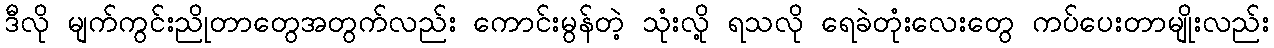
ဒီလို မျက်ကွင်းညိုတာတွေအတွက်လည်း ကောင်းမွန်တဲ့ သုံးလို့ ရသလို ရေခဲတုံးလေးတွေ ကပ်ပေးတာမျိုးလည်း